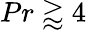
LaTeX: Pr\gtrapprox 4